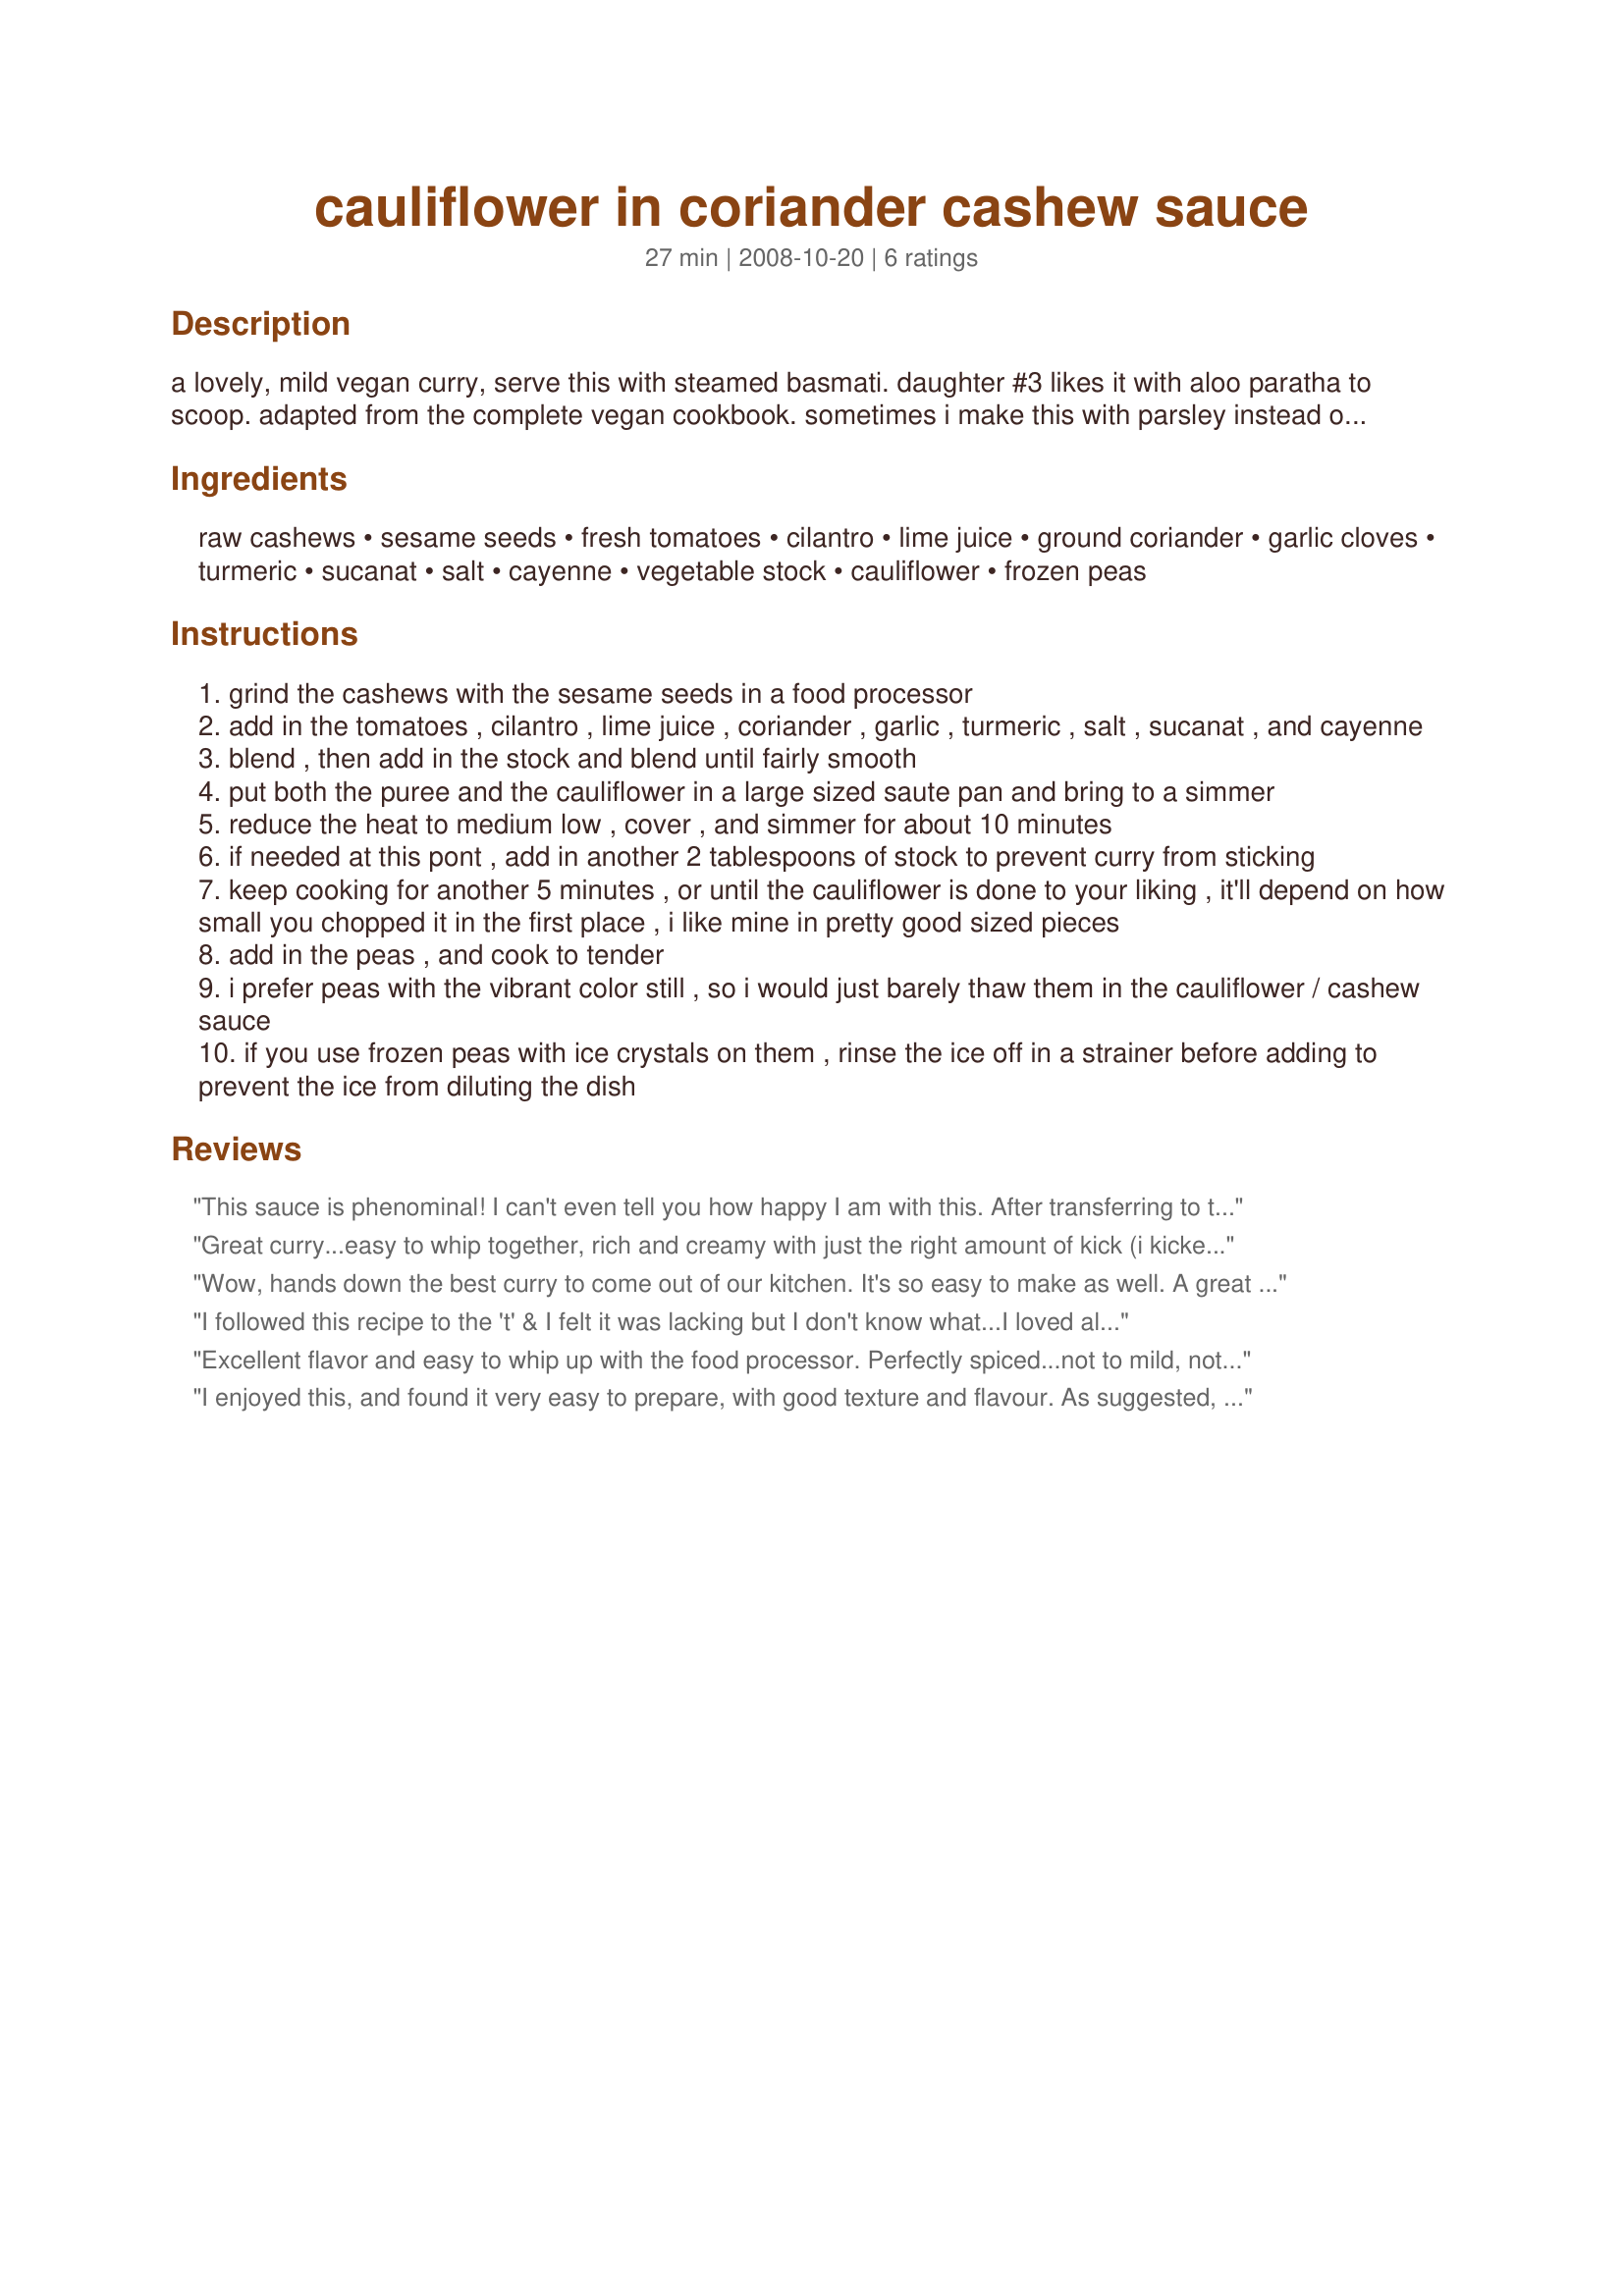
cauliflower in coriander cashew sauce
Preparation time: 27 minutes

a lovely, mild vegan curry, serve this with steamed basmati. daughter #3 likes it with aloo paratha to scoop. adapted from the complete vegan cookbook. sometimes i make this with parsley instead of the cilantro.

Ingredients:
raw cashews, sesame seeds, fresh tomatoes, cilantro, lime juice, ground coriander, garlic cloves, turmeric, sucanat, salt, cayenne, vegetable stock, cauliflower, frozen peas

Steps:
grind the cashews with the sesame seeds in a food processor
add in the tomatoes , cilantro , lime juice , coriander , garlic , turmeric , salt , sucanat , and cayenne
blend , then add in the stock and blend until fairly smooth
put both the puree and the cauliflower in a large sized saute pan and bring to a simmer
reduce the heat to medium low , cover , and simmer for about 10 minutes
if needed at this pont , add in another 2 tablespoons of stock to prevent curry from sticking
keep cooking for another 5 minutes , or until the cauliflower is done to your liking , it'll depend on how small you chopped it in the first place , i like mine in pretty good sized pieces
add in the peas , and cook to tender
i prefer peas with the vibrant color still , so i would just barely thaw them in the cauliflower / cashew sauce
if you use frozen peas with ice crystals on them , rinse the ice off in a strainer before adding to prevent the ice from diluting the dish

Reviews:
This sauce is phenominal! I can't even tell you how happy I am with this. After transferring to the serving bowl I just stood at the stove scraping the skillet lol Made exactly as directed. The peas add a nice sweetness. The spices are PERFECT. And it was easy to whip up. Thank you!
Great curry...easy to whip together, rich and creamy with just the right amount of kick (i kicked mine a little bit harder w/ some homemade pepper flake mix :)...i added a little bit of honey too because my lime was real tangy...served with a couscous that i added cashews, raisins and baby spinach to (really like the raisins with the coriander cashew sauce too and will add them right in next time for a sweet twist to the spice)...the meal was topped off with a gift of homemade naan that mr. free-free brought home from his work mate ...a feast = DELISH!! Thanks so much for posting this winner!!! Made for "Healthy Choices Tag" :)
Wow, hands down the best curry to come out of our kitchen. It's so easy to make as well. A great weeknight meal. I had two servings and want more, but we've licked the pan clean. I will make this again and again for sure. Thanks for posting!
I followed this recipe to the 't' &
I felt it was lacking but I don't 
know what...I loved all the ingredients but mine wasn't great.
Excellent flavor and easy to whip up with the food processor. Perfectly spiced...not to mild, not too hot. Great flavor! Served on a bed of basmati rice. My first recipezaar.com recipe...and I picked a winner!
I enjoyed this, and found it very easy to prepare, with good texture and flavour. As suggested, I allowed my peas to just barely cook in the sauce, and they were perfect.

Served with steamed rice for a delicious mid-week meal that I will certainly make again.
